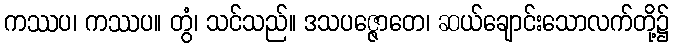
ကဿပ၊ ကဿပ။ တွံ၊ သင်သည်။ ဒသပဇ္ဇောတေ၊ ဆယ်ချောင်းသောလက်တို့၌